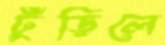
ঢুঁড়িলে